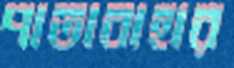
পাতাবাহার